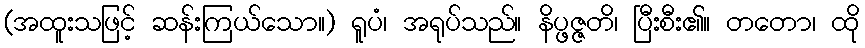
(အထူးသဖြင့် ဆန်းကြယ်သော။) ရူပံ၊ အရုပ်သည်။ နိပ္ဖဇ္ဇတိ၊ ပြီးစီး၏။ တတော၊ ထို